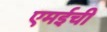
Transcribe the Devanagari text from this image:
एमईची